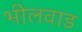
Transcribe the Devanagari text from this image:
भीलवाड